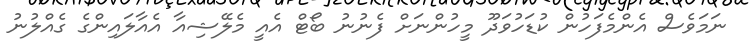
ނަމަވެސް އެންމެފަހުން ކުޑަހުވަދޫ މީހުންނަށް ފެނުނު ބޯޓް އެއީ މެލޭޝިއާ އެއާލައިންގެ ގެއްލުނު